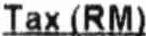
TAX (RM)